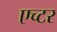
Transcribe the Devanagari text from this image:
एच्टर